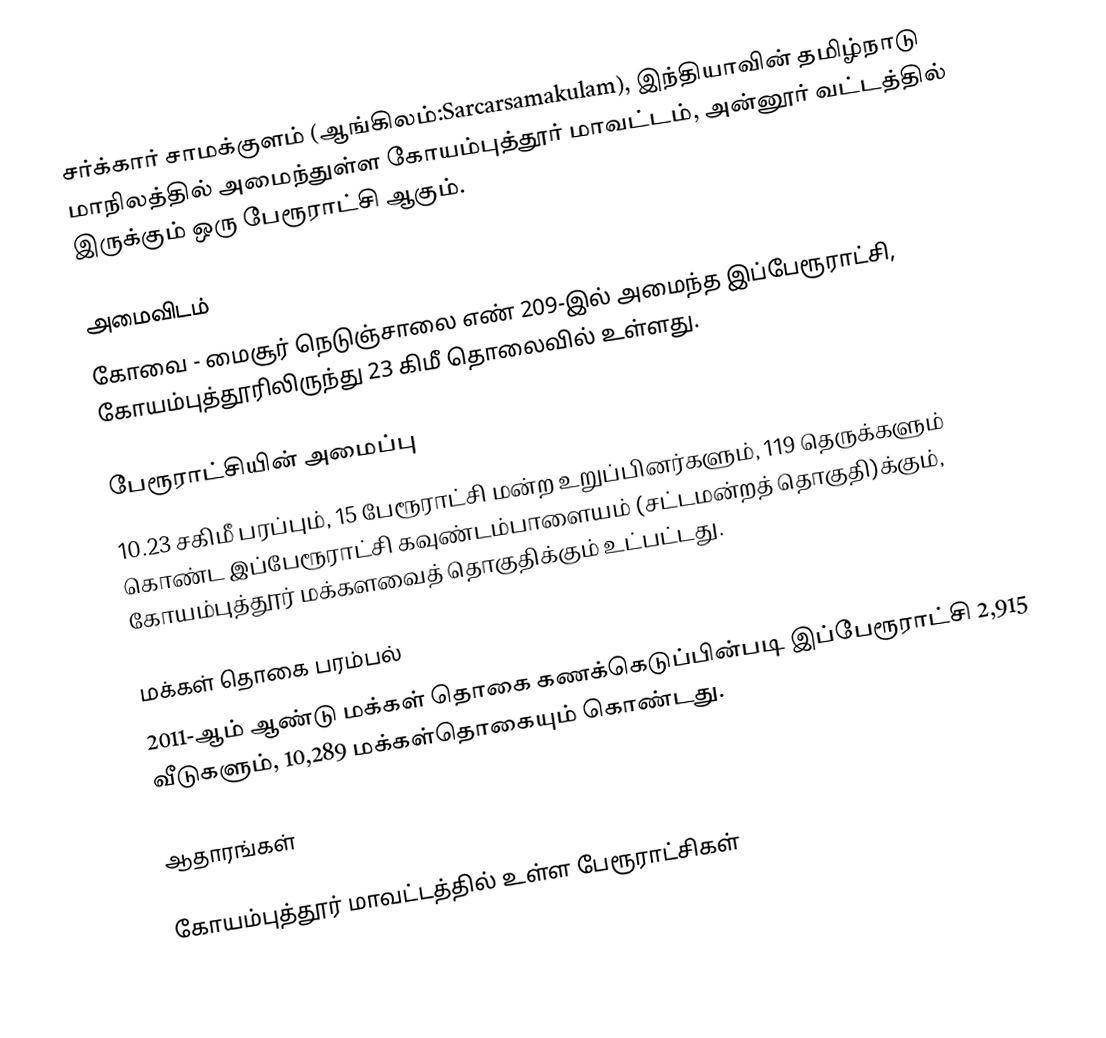
சர்க்கார் சாமக்குளம் (ஆங்கிலம்:Sarcarsamakulam), இந்தியாவின் தமிழ்நாடு மாநிலத்தில் அமைந்துள்ள கோயம்புத்தூர்  மாவட்டம், அன்னூர் வட்டத்தில் இருக்கும் ஒரு பேரூராட்சி ஆகும்.

அமைவிடம்
கோவை -  மைசூர் நெடுஞ்சாலை எண் 209-இல் அமைந்த இப்பேரூராட்சி,  கோயம்புத்தூரிலிருந்து 23 கிமீ தொலைவில் உள்ளது.

பேரூராட்சியின் அமைப்பு
10.23 சகிமீ பரப்பும், 15 பேரூராட்சி மன்ற உறுப்பினர்களும், 119 தெருக்களும்  கொண்ட இப்பேரூராட்சி  கவுண்டம்பாளையம்  (சட்டமன்றத் தொகுதி)க்கும், கோயம்புத்தூர் மக்களவைத் தொகுதிக்கும் உட்பட்டது.

மக்கள் தொகை பரம்பல்
2011-ஆம் ஆண்டு மக்கள் தொகை கணக்கெடுப்பின்படி  இப்பேரூராட்சி  2,915   வீடுகளும், 10,289 மக்கள்தொகையும் கொண்டது.

ஆதாரங்கள்

கோயம்புத்தூர் மாவட்டத்தில் உள்ள பேரூராட்சிகள்